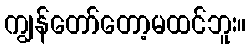
ကျွန်တော်တော့မထင်ဘူး။